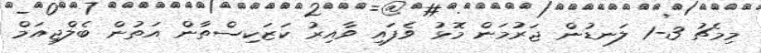
މިމެޗު 3-1 ލަނޑުން ޖަރުމަން މޮޅު ވެފައި ވާއިރު ކަޒަކިސްތާން އަތުން ބެލްޖިއަމް